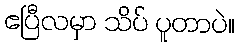
ဧပြီလမှာ သိပ် ပူတာပဲ။